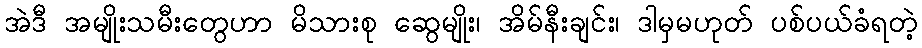
အဲဒီ အမျိုးသမီးတွေဟာ မိသားစု ဆွေမျိုး၊ အိမ်နီးချင်း၊ ဒါမှမဟုတ် ပစ်ပယ်ခံရတဲ့